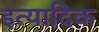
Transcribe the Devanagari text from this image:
इत्यादिक